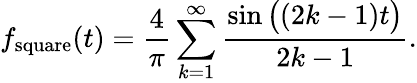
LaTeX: f_{\mathrm{square}}(t)={\frac{4}{\pi}}\sum_{k=1}^{\infty}{\frac{\sin{\big(}(2k-1)t{\big)}}{2k-1}}.